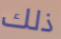
ذلك